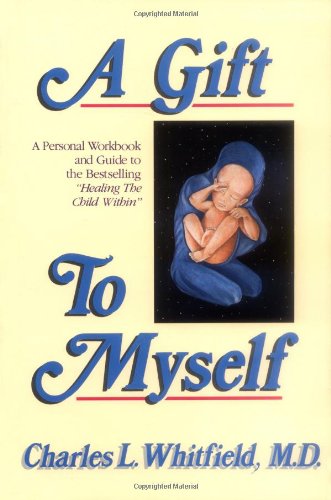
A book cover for A Gift to Myself: A Personal Workbook and Guide to "Healing the Child Within"; Charles L. Whitfield; Self-Help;